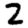
Digit: 2